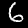
Digit: 6